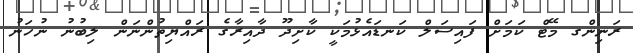
ރަނިންގ މޭޓް ކަމަށް ފައިސަލް ކަނޑައެޅުމަކީ ކާށިދޫ ދާއިރާގެ ރައްޔިތުންނަން ލިބުނު ނުހަނު